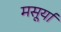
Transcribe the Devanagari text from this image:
मसूर्या